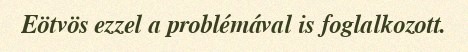
Eötvös ezzel a problémával is foglalkozott.